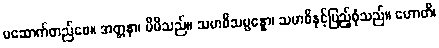
မဆောက်တည်စေ။ အတ္တနာ၊ မိမိသည်။ သမာဓိသမ္ပန္နော၊ သမာဓိနှင့်ပြည့်စုံသည်။ ဟောတိ၊